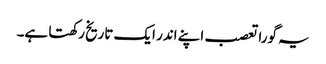
یہ گورا تعصب اپنے اندر ایک تاریخ رکھتا ہے۔